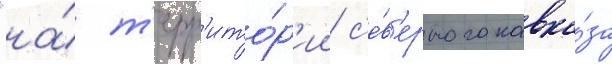
"на́ т'ерр'ито́р'ии с'е́в'ерного кавка́за